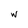
Character: w